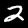
Label: 2